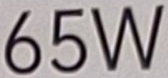
65W